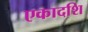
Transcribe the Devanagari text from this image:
एकादशि